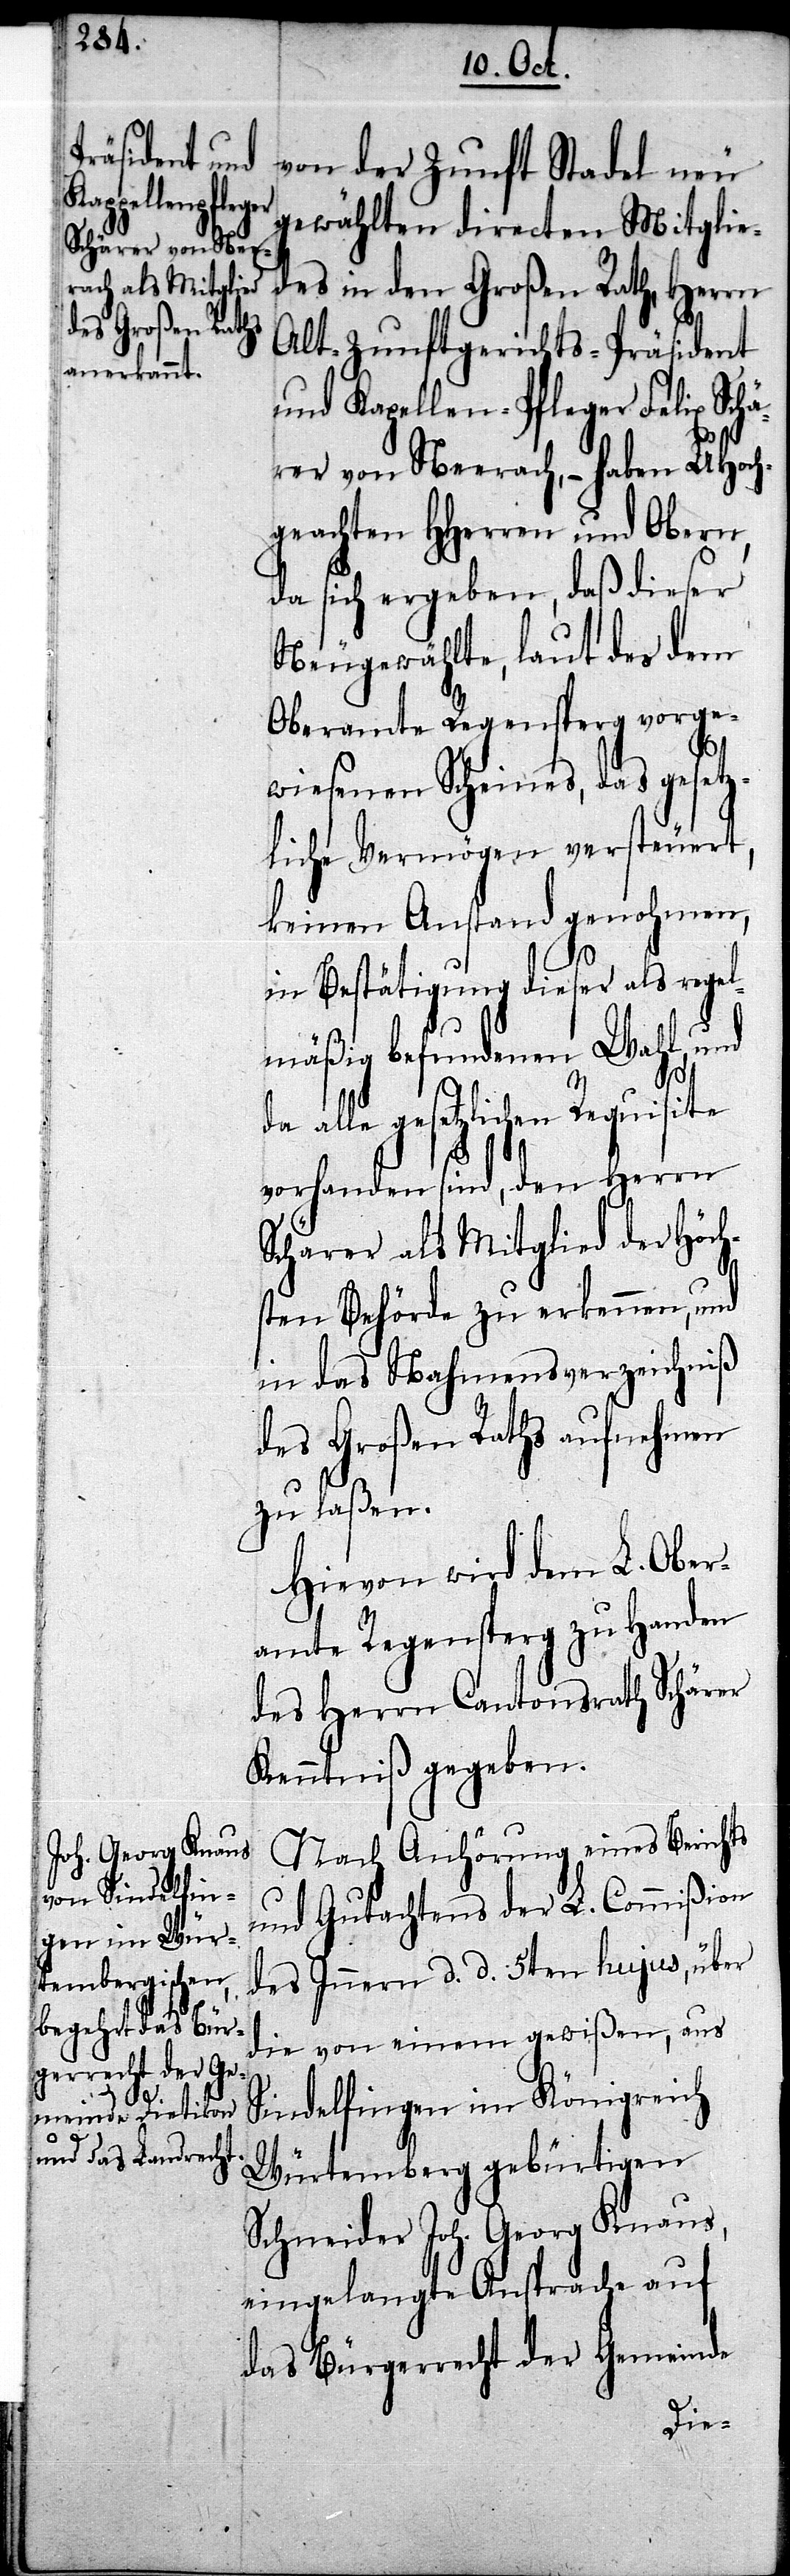
von der Zunft Stadel neu
gewählten directen Mitglie¬
des in den Großen Rath, Herrn
Alt-Zunftgerichts-Präsident
und Kapellen-Pfleger Felix Sch¬
ärer von Neerach, – haben UHoch¬
geachten HHerren und Obern,
da sich ergeben, daß dieser
Neugewählte, laut des dem
Oberamte Regensperg vorge¬
wiesenen Scheines, das gesetz¬
liche Vermögen versteuert,
keinen Anstand genohmen,
in Bestätigung dieser als regel¬
mäßig befundenen Wahl, und
da alle gesetzlichen Requisite
vorhanden sind, den Herrn
Schärer als Mitglied der Höch¬
sten Behörde zu erkennen, und
in das Nahmensverzeichniß
des Großen Raths aufnehmen
zu laßen.
Hievon wird dem L. Ober¬
amte Regensperg zu Handen
des Herrn Cantonsrath Schärer
Kenntniß gegeben.
Nach Anhörung eines Berichts
und Gutachtens der L. Commißion
des Innern d. d. 5ten hujus, über
die von einem gewißen, aus
Sindelfingen im Königreich
Würtemberg gebürtigen
Schneider Joh. Georg Knaus,
eingelangte Ansprache auf
das Bürgerrecht der Gemeinde